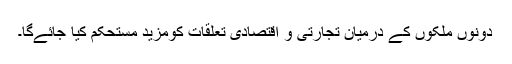
دونوں ملکوں کے درمیان تجارتی و اقتصادی تعلقات کومزید مستحکم کیا جائےگا۔